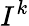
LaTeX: I^{k}